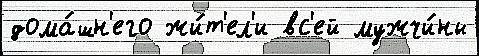
дома́шн'его жи́т'ел'и вс'ей мужчи́ны